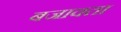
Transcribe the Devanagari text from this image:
बजावता